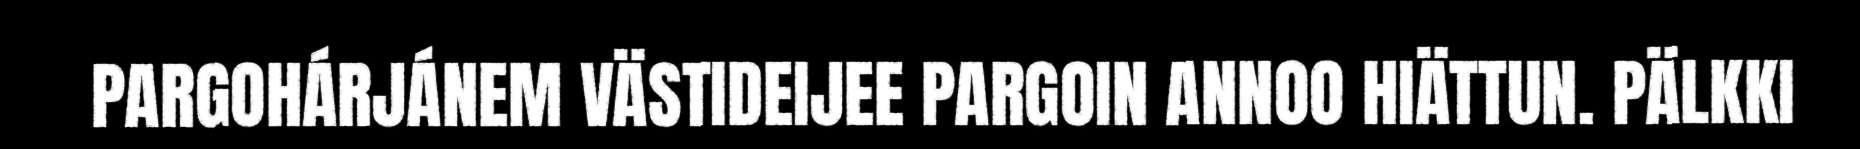
PARGOHÁRJÁNEM VÄSTIDEIJEE PARGOIN ANNOO HIÄTTUN. PÄLKKI